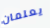
يعلمان